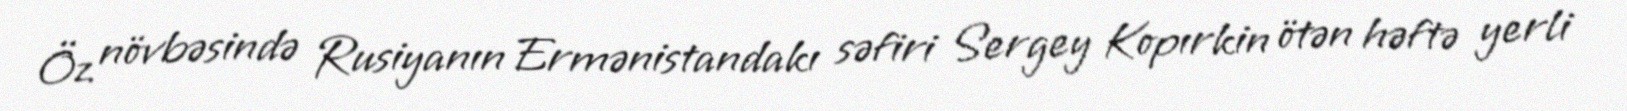
Öz növbəsində Rusiyanın Ermənistandakı səfiri Sergey Kopırkin ötən həftə yerli